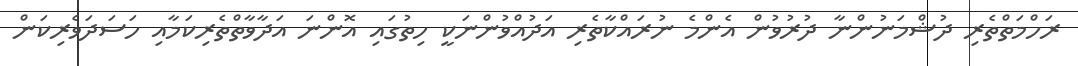
ރަހްމަތްތެރި ދުޝްމަނުންނާ ދުރުވުން އެންމެ ނުރައްކާތެރި އަދުއްވުންނަކީ ހިތުގައި އޮންނަ އަދާވާތްތެރިކަމާއި ހަސަދަވެރިކަން